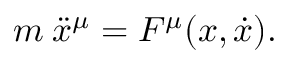
m \: \ddot { x } ^ { \mu } = F ^ { \mu } ( x , \dot { x } ) .